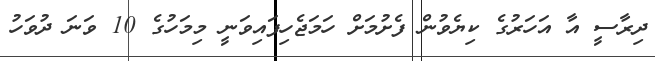
ދިރާސީ އާ އަހަރުގެ ކިޔެވުން ފެށުމަށް ހަމަޖެހިފައިވަނީ މިމަހުގެ 10 ވަނަ ދުވަހު